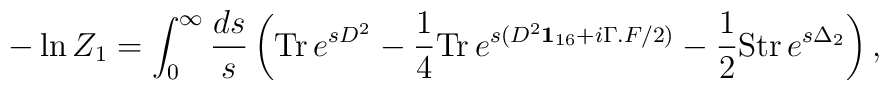
- \ln Z_{1} = \int_{0}^{\infty} \frac{ds}{s} \left( \mbox{Tr}\, e^{sD^2} - \frac14 \mbox{Tr} \, e^{s (D^2 {\bf 1}_{16} +i \Gamma .F/2)} - \frac12 \mbox{Str}\, e^{s \Delta_2} \right),